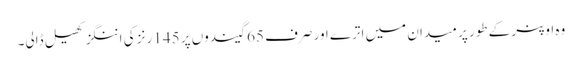
وہ اوپنر کے طور پر میدان میں اترے اور صرف 65 گیندوں پر 145 رنز کی اننگز کھیل ڈالی۔